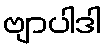
ဗျာပါဒါ